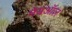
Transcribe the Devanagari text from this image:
मेयऑल